Malarial fevers
Disease focus: Malaria
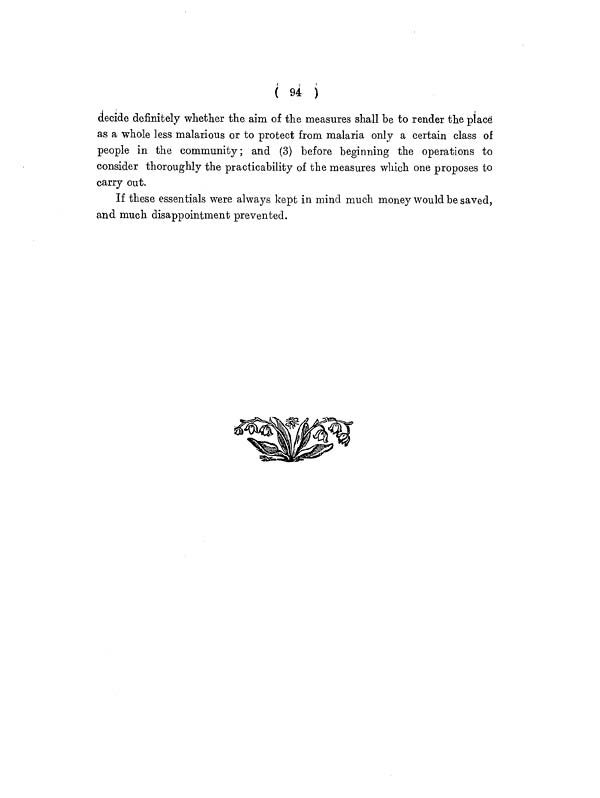
( 94 )
decide definitely whether the aim of the measures shall be to render the place
as a whole less malarious or to protect from malaria only a certain class of
people in the community; and (3) before beginning the operations to
consider thoroughly the practicability of the measures which one proposes to
carry out.
If these essentials were always kept in mind much money would be saved,
and much disappointment prevented.